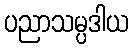
ပညာသမ္ပဒါယ